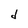
Character: d